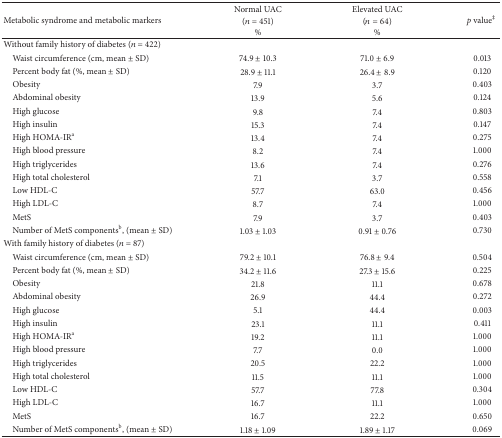
<table><thead><tr><td rowspan="2"><b>Metabolic syndrome and metabolic markers</b></td><td><b>Normal UAC</b></td><td><b>Elevated UAC</b></td><td rowspan="2"><b><i>p</i> value<sup>‡</sup></b></td></tr><tr><td><b> (<i>n</i> = 451) %</b></td><td><b> (<i>n</i> = 64) %</b></td></tr></thead><tbody><tr><td>Without family history of diabetes (<i>n</i> = 422)</td><td> </td><td> </td><td> </td></tr><tr><td> Waist circumference (cm, mean ± SD)</td><td>74.9 ± 10.3</td><td>71.0 ± 6.9</td><td>0.013</td></tr><tr><td> Percent body fat (%, mean ± SD)</td><td>28.9 ± 11.1</td><td>26.4 ± 8.9</td><td>0.120</td></tr><tr><td> Obesity </td><td>7.9</td><td>3.7</td><td>0.403</td></tr><tr><td> Abdominal obesity </td><td>13.9</td><td>5.6</td><td>0.124</td></tr><tr><td> High glucose </td><td>9.8</td><td>7.4</td><td>0.803</td></tr><tr><td> High insulin </td><td>15.3</td><td>7.4</td><td>0.147</td></tr><tr><td> High HOMA-IR<sup>a</sup></td><td>13.4</td><td>7.4</td><td>0.275</td></tr><tr><td> High blood pressure</td><td>8.2</td><td>7.4</td><td>1.000</td></tr><tr><td> High triglycerides </td><td>13.6</td><td>7.4</td><td>0.276</td></tr><tr><td> High total cholesterol </td><td>7.1</td><td>3.7</td><td>0.558</td></tr><tr><td> Low HDL-C </td><td>57.7</td><td>63.0</td><td>0.456</td></tr><tr><td> High LDL-C </td><td>8.7</td><td>7.4</td><td>1.000</td></tr><tr><td> MetS </td><td>7.9</td><td>3.7</td><td>0.403</td></tr><tr><td> Number of MetS components<sup>b</sup>, (mean ± SD)</td><td>1.03 ± 1.03</td><td>0.91 ± 0.76</td><td>0.730</td></tr><tr><td>With family history of diabetes (<i>n</i> = 87)</td><td> </td><td> </td><td> </td></tr><tr><td> Waist circumference (cm, mean ± SD)</td><td>79.2 ± 10.1</td><td>76.8 ± 9.4</td><td>0.504</td></tr><tr><td> Percent body fat (%, mean ± SD)</td><td>34.2 ± 11.6</td><td>27.3 ± 15.6</td><td>0.225</td></tr><tr><td> Obesity </td><td>21.8</td><td>11.1</td><td>0.678</td></tr><tr><td> Abdominal obesity </td><td>26.9</td><td>44.4</td><td>0.272</td></tr><tr><td> High glucose </td><td>5.1</td><td>44.4</td><td>0.003</td></tr><tr><td> High insulin </td><td>23.1</td><td>11.1</td><td>0.411</td></tr><tr><td> High HOMA-IR<sup>a</sup></td><td>19.2</td><td>11.1</td><td>1.000</td></tr><tr><td> High blood pressure</td><td>7.7</td><td>0.0</td><td>1.000</td></tr><tr><td> High triglycerides </td><td>20.5</td><td>22.2</td><td>1.000</td></tr><tr><td> High total cholesterol </td><td>11.5</td><td>11.1</td><td>1.000</td></tr><tr><td> Low HDL-C </td><td>57.7</td><td>77.8</td><td>0.304</td></tr><tr><td> High LDL-C </td><td>16.7</td><td>11.1</td><td>1.000</td></tr><tr><td> MetS </td><td>16.7</td><td>22.2</td><td>0.650</td></tr><tr><td> Number of MetS components<sup>b</sup>, (mean ± SD)</td><td>1.18 ± 1.09</td><td>1.89 ± 1.17</td><td>0.069</td></tr></tbody></table>